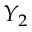
Y _ { 2 }